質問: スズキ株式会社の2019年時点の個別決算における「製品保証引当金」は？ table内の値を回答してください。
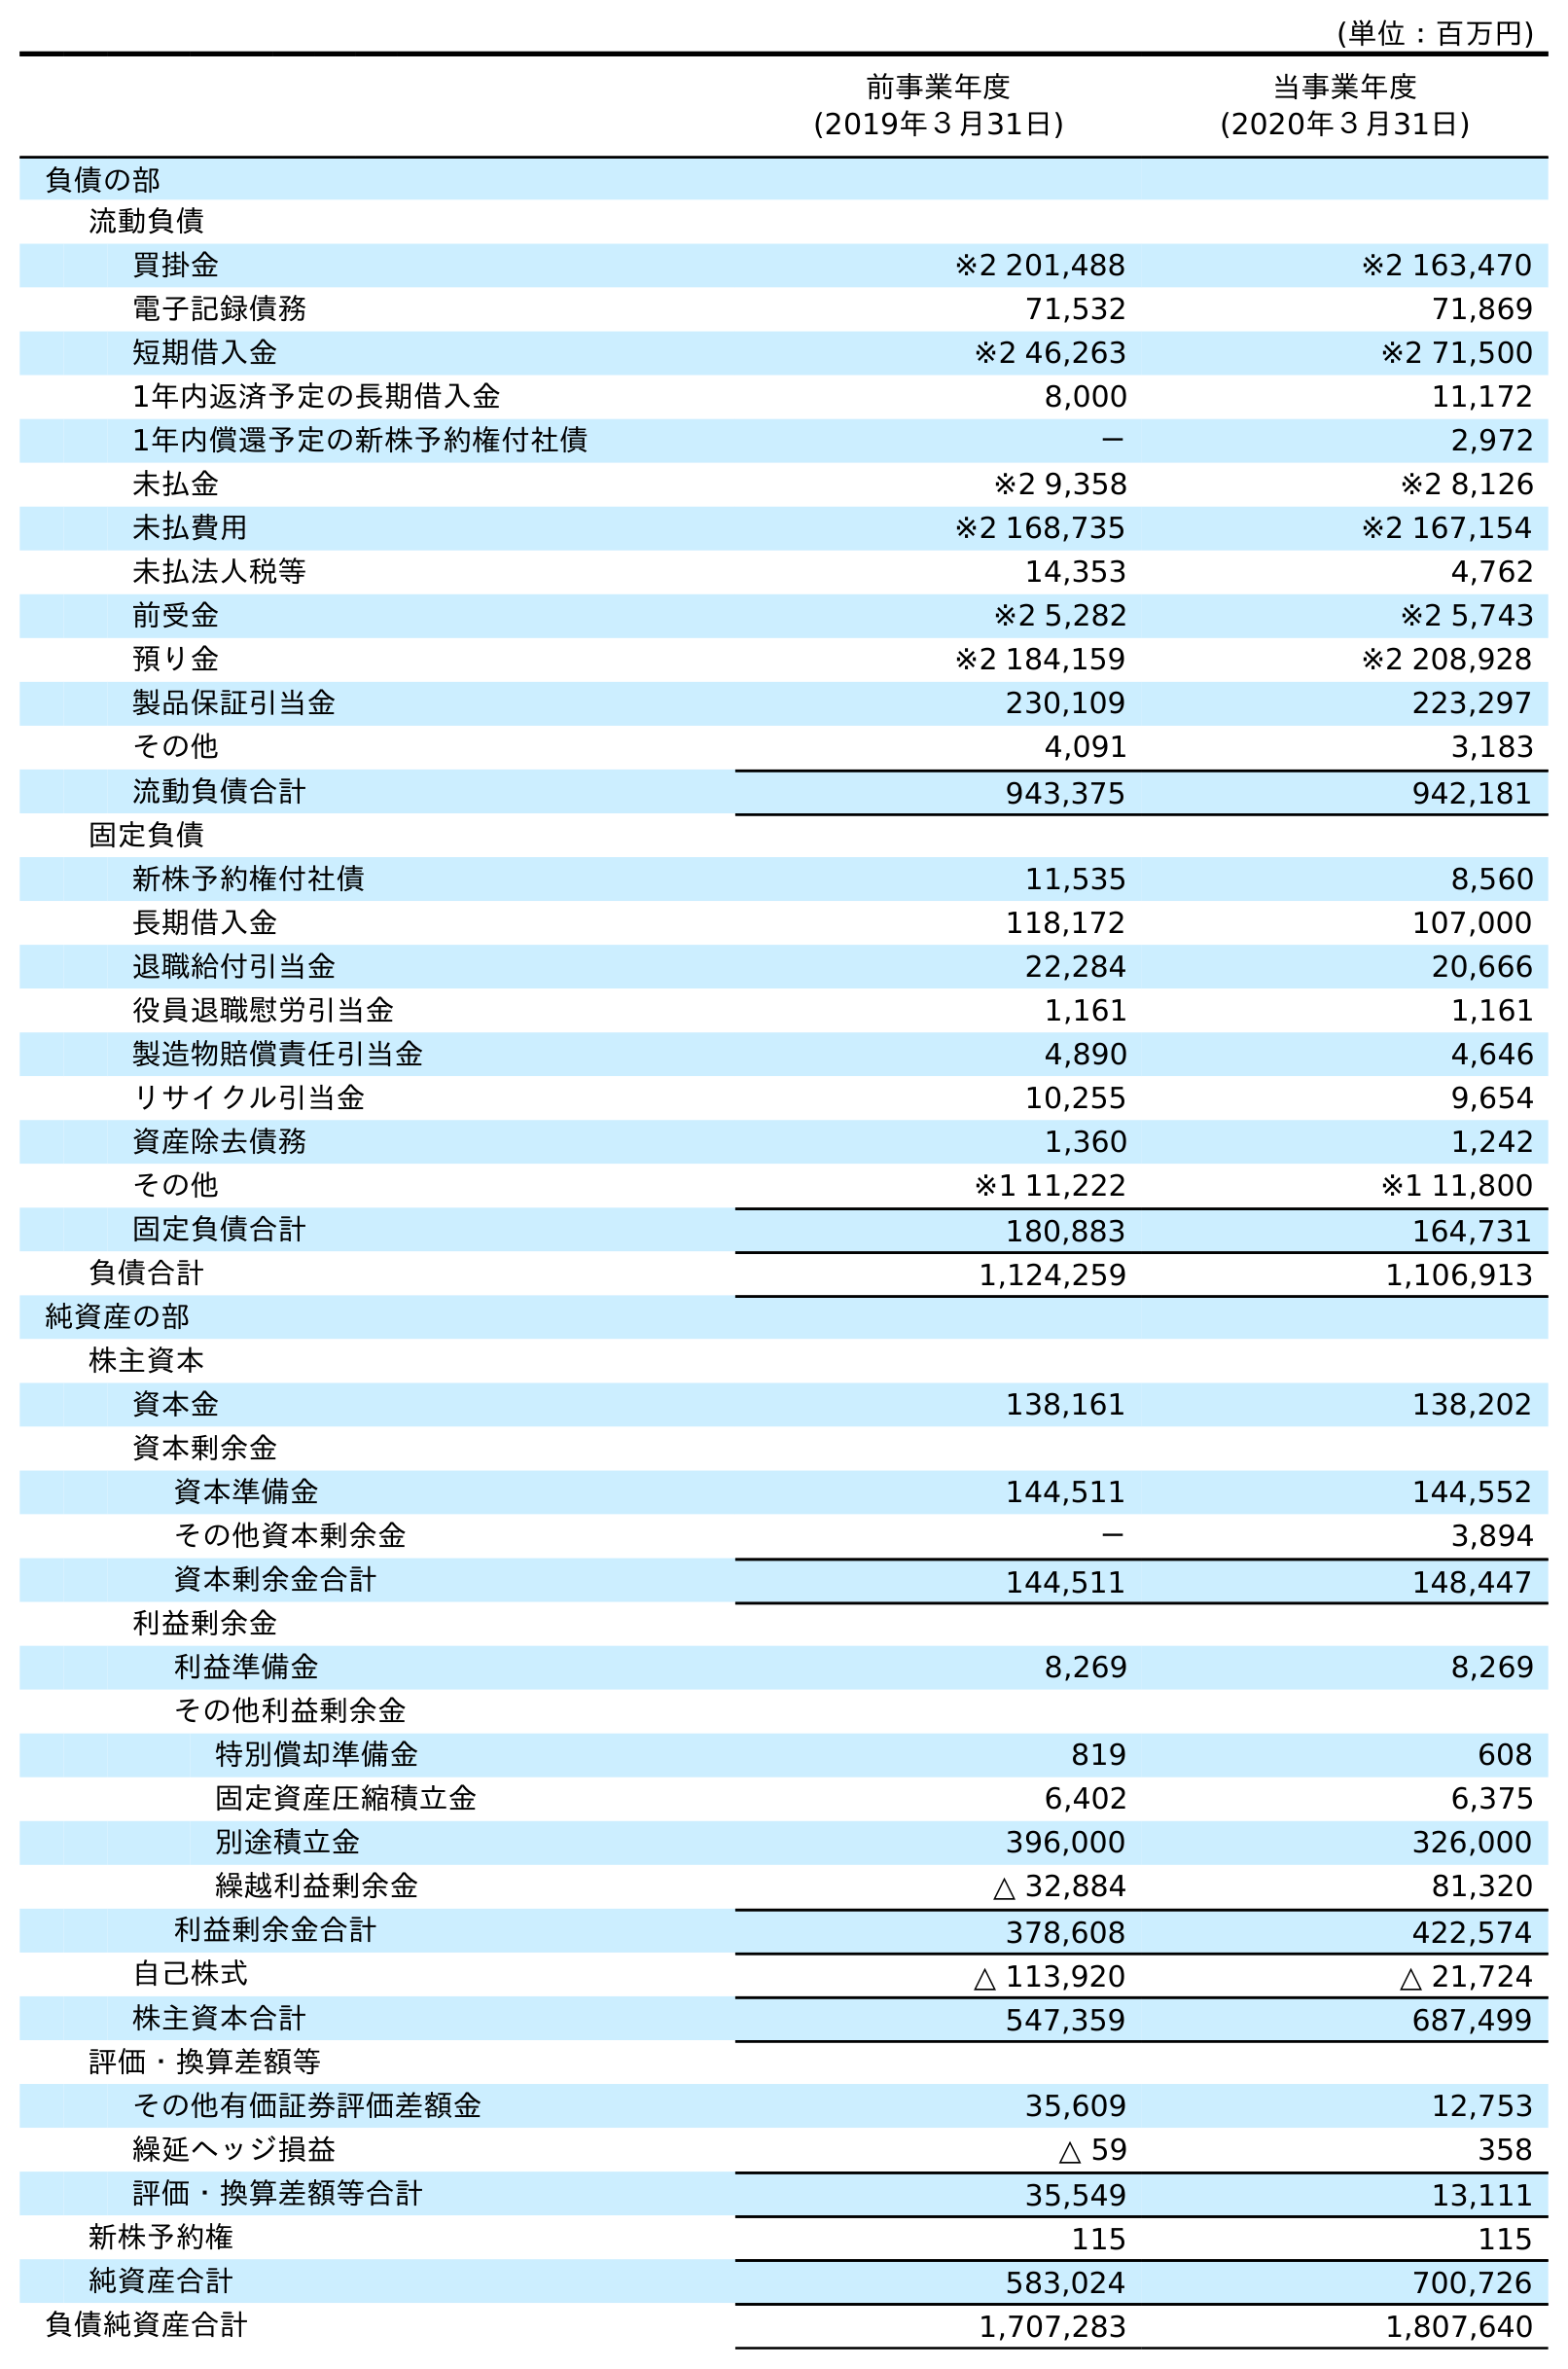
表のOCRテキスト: (単位：百万円) 前事業年度 (2019年３月31日) 当事業年度 (2020年３月31日) 負債の部 流動負債 買掛金 ※2 201,488 ※2 163,470 電子記録債務 71,532 71,869 短期借入金 ※2 46,263 ※2 71,500 1年内返済予定の長期借入金 8,000 11,172 1年内償還予定の新株予約権付社債 － 2,972 未払金 ※2 9,358 ※2 8,126 未払費用 ※2 168,735 ※2 167,154 未払法人税等 14,353 4,762 前受金 ※2 5,282 ※2 5,743 預り金 ※2 184,159 ※2 208,928 製品保証引当金 230,109 223,297 その他 4,091 3,183 流動負債合計 943,375 942,181 固定負債 新株予約権付社債 11,535 8,560 長期借入金 118,172 107,000 退職給付引当金 22,284 20,666 役員退職慰労引当金 1,161 1,161 製造物賠償責任引当金 4,890 4,646 リサイクル引当金 10,255 9,654 資産除去債務 1,360 1,242 その他 ※1 11,222 ※1 11,800 固定負債合計 180,883 164,731 負債合計 1,124,259 1,106,913 純資産の部 株主資本 資本金 138,161 138,202 資本剰余金 資本準備金 144,511 144,552 その他資本剰余金 － 3,894 資本剰余金合計 144,511 148,447 利益剰余金 利益準備金 8,269 8,269 その他利益剰余金 特別償却準備金 819 608 固定資産圧縮積立金 6,402 6,375 別途積立金 396,000 326,000 繰越利益剰余金 △ 32,884 81,320 利益剰余金合計 378,608 422,574 自己株式 △ 113,920 △ 21,724 株主資本合計 547,359 687,499 評価・換算差額等 その他有価証券評価差額金 35,609 12,753 繰延ヘッジ損益 △ 59 358 評価・換算差額等合計 35,549 13,111 新株予約権 115 115 純資産合計 583,024 700,726 負債純資産合計 1,707,283 1,807,640
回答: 230,109